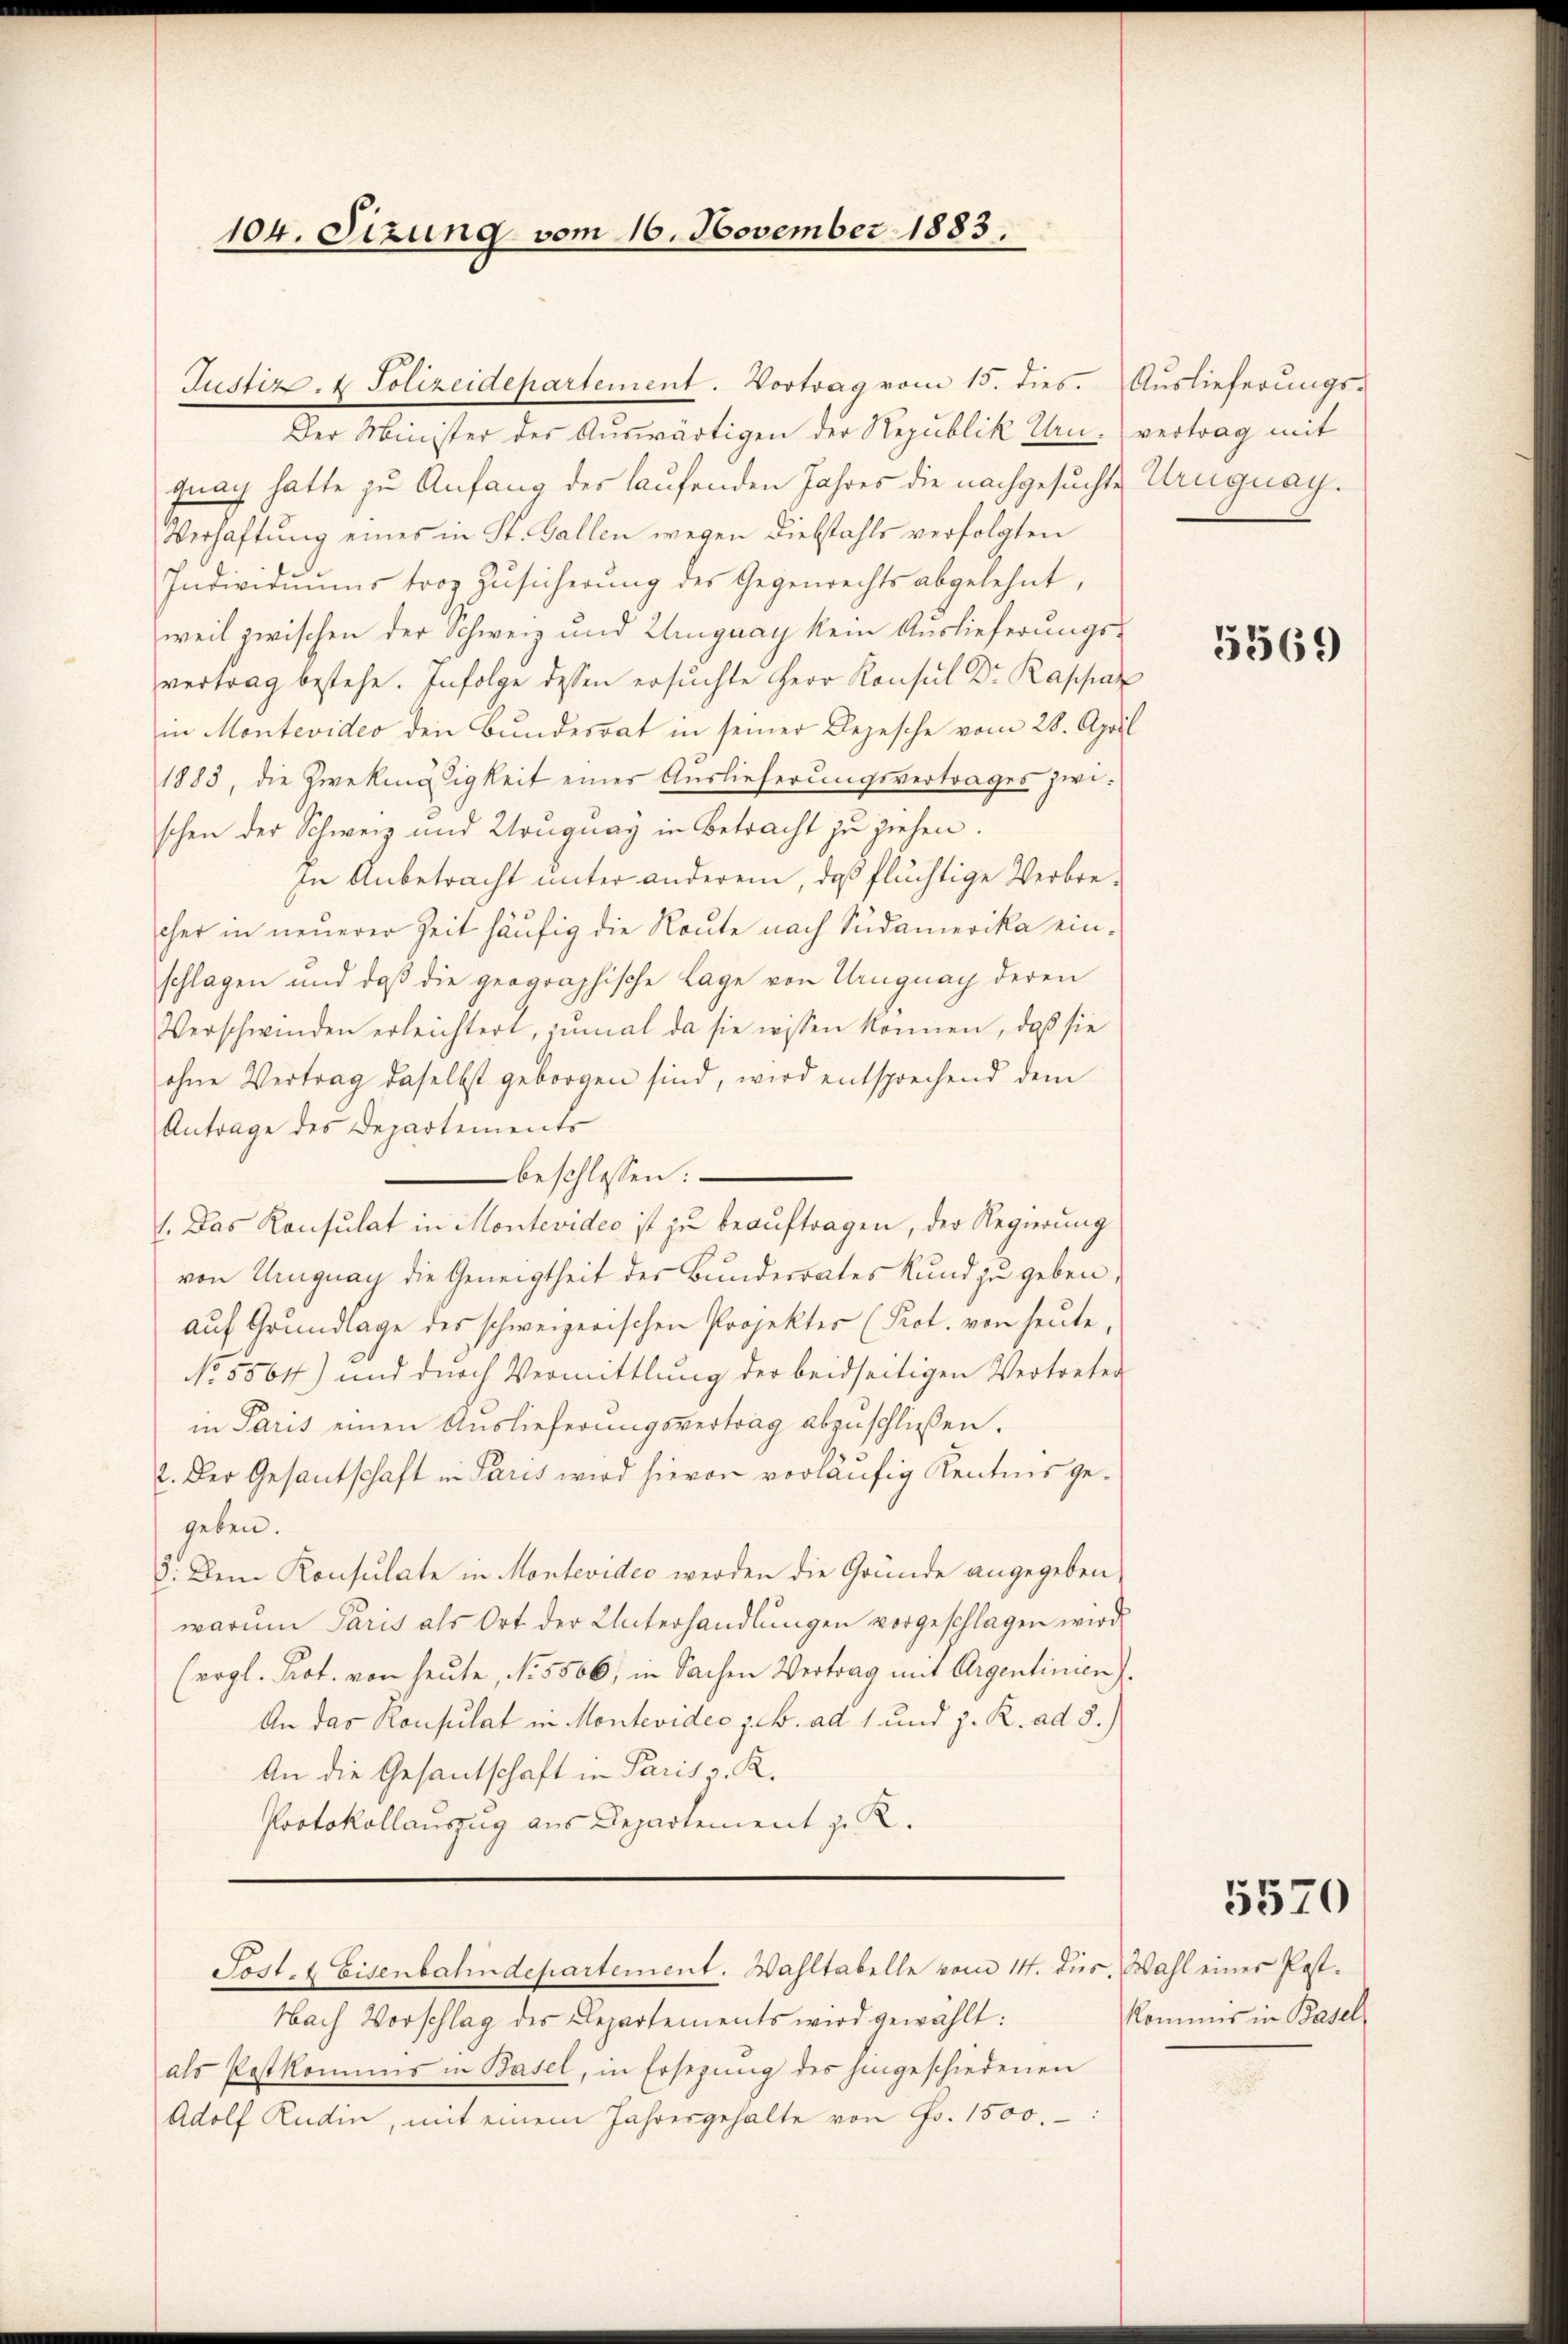
104. Sizung vom 16. November 1883.

Der Minister des Auswärtigen der Republik Urn.) vertrag mit
guay hatte zu Anfang des laufenden Jahres die nachgesuchte Uruguag¬
Verhaftung eines in St. Gallen wegen Diebstahls verfolgten
Individuums troz Zusicherung der Gegenrechts abgelehnt,
weil zwischen der Schweiz und Zuguay kein Auslieferungs-
vertrag bestehe. Infolge dessen ersuchte Herr Konsul Dr. Rappaz
in Montevideo den Bundesrat in seiner Depesche vom 28. April
1883, die Zwekmäßigkeit eines Auslieferungsvertrages zwischen der Schweiz und Uruguay in Betracht zu ziehen.
In Anbetracht unter anderem, daß flüchtige Verbrecher in neuerer Zeit häufig die Route nach Südamerika einschlagen und daß die geographische Lage von Uruguay deren
Verschwinden erleichtert, zumal da sie wissen können, daß sie
ohne Vertrag daselbst geborgen sind, wird entsprechend dem
Antrage des Departements
beschlossen:
1. Das Konsulat in Montevideo ist zu beauftragen, der Regierung
von Uruguay die Geneigtheit des Bunderrates Kund zu geben,
auf Grundlage des schweizerischen Projektes (Prot. von heute,
No 5564) und durch Vermittlung der beidseitigen Vertreten
in Paris einen Auslieferŭngsvertrag abzuschließen.
2. Der Gesantschaft in Paris wird hievon vorläufig Kentnis gegeben.
3. Dem Konsulate in Montevideo werden die Gründe angegeben,
warum Paris als Ort der Unterhandlungen vorgeschlagen wird.
(ergl. Prot. von heute, No. 5506, in Sachen Vertrag mit Argentinien)
An das Konsulat in Montevideo z. B. ad 1 und z. R. ad 3.)
An die Gesantschaft in Paris z. R.
Protokollauszug aus Departement z. R.

Justiz- & Polizeidepartement. Vortrag vom 15. dies. Auslieferŭngs-

Sost- & Eisenbahndepartement. Wahltabelle vom 14. dies. Wahl einer Post-

Nach Vorschlag des Departements wird gewählt:
als Postkommis in Basel, in Ersezung des hingeschiedenen
Adolf Rudin, mit einem Jahresgehalte von Fr. 1500.

5369

5570

kommer in Basel